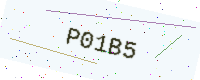
Text: P01B5